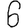
Digit: 6